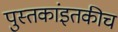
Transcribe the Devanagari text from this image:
पुस्तकांइतकीच